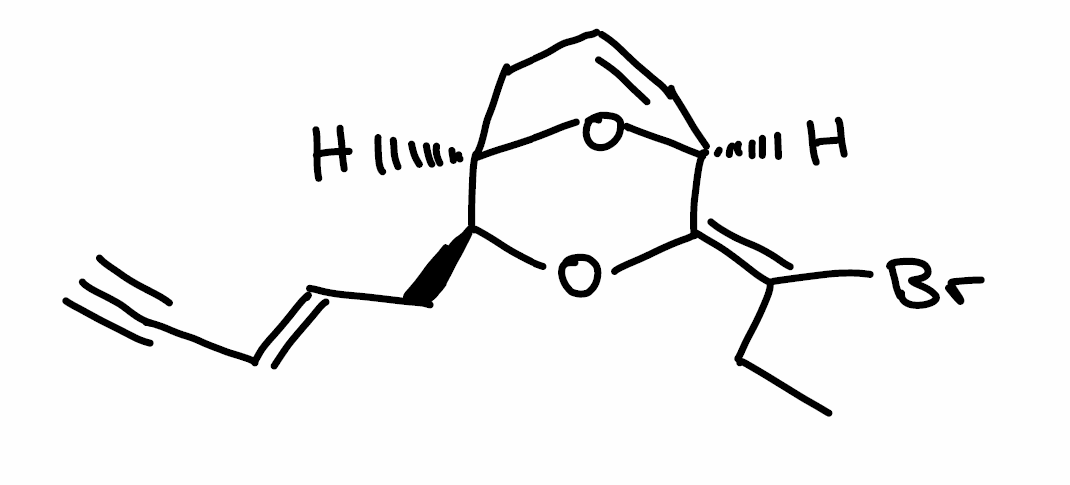
Simplified molecular-input line-entry system (SMILES) notation of the given molecule:
CC/C(=C\1/[C@@H]2C=CC[C@@H](O2)[C@@H](O1)C/C=C/C#C)/Br